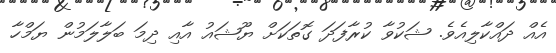
އެއް ދައްކާލިއެވެ. ޝަކުވާ ކުރާފަދަ ގޮތަކަށް ޔޫޝައު އާއި ދިމަ ބަލާލަމުން ޔަމްހާ